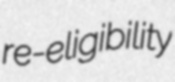
re-eligibility